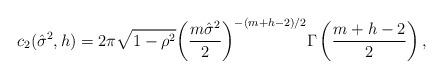
LaTeX: \begin{align*}c_2(\hat{\sigma}^2,h) = 2\pi\sqrt{1-\rho^2} {\left(\frac{m \hat{\sigma}^2}{2}\right)}^{-(m+h-2)/2} \Gamma\left(\frac{m+h-2}{2}\right),\end{align*}